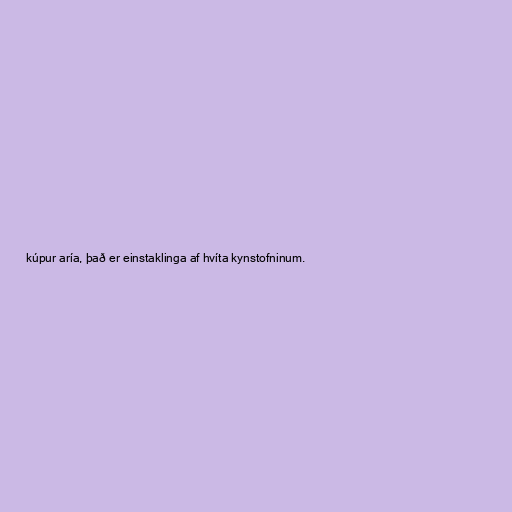
kúpur aría, það er einstaklinga af hvíta kynstofninum.